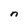
Character: n